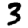
Digit: 3